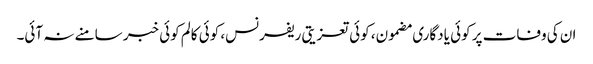
ان کی وفات پر کوئی یادگاری مضمون، کوئی تعزیتی ریفرنس، کوئی کالم کوئی خبر سامنے نہ آئی۔